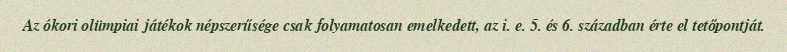
Az ókori olümpiai játékok népszerűsége csak folyamatosan emelkedett, az i. e. 5. és 6. században érte el tetőpontját.